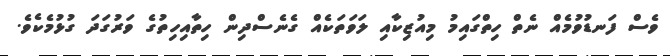
ވެސް ފަނޑުވުމެއް ނެތް ހިތްގައިމު މިއުޒިކާއި ލަވަތަކެއް ގެނެސްދިން ހިތާއިހިތުގެ ވަރުގަދަ ގުޅުމެކެވެ.